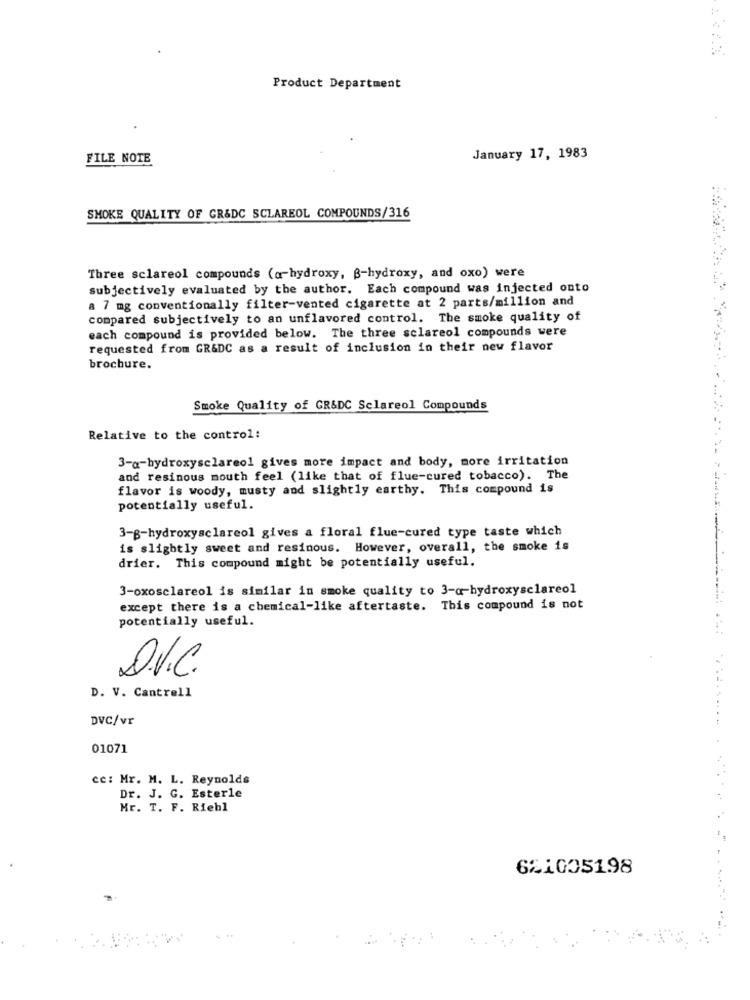
Product Department
FILE NOTE
January 17, 1983
SMOKE QUALITY OF GR&DC SCLAREOL COMPOUNDS/316
Three sclareol compounds (a-hydroxy, B-hydroxy, and oxo) were
subjectively evaluated by the author. Each compound was injected onto
a 7 mg conventionally filter-vented cigarette at 2 parts/million and
compared subjectively to an unflavored control. The smoke quality of
each compound is provided below. The three sclareol compounds were
requested from GR&DC as a result of inclusion in their new flavor
brochure.
Smoke Quality of GR&DC Sclareol Compounds
Relative to the control:
3-a-hydroxysclareol gives more impact and body, more irritation
and resinous mouth feel (like that of flue-cured tobacco). The
flavor is woody, musty and slightly earthy. This compound is
potentially useful.
3-B-hydroxysclareol gives a floral flue-cured type taste which
is slightly sweet and resinous. However, overall, the smoke is
drier. This compound might be potentially useful.
3-oxosclareol is similar in smoke quality to 3-a-hydroxysclareol
except there is a chemical-like aftertaste. This compound is not
potentially useful.
D.V.C.
D. V. Cantrell
DVC/vr
01071
cc: Mr. M. L. Reynolds
Dr. J. G. Esterle
Mr. T. F. Riehl
6%1005198